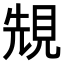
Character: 𧠺